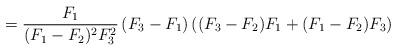
LaTeX: \begin{align*}=\frac{F_{1}}{(F_{1}-F_{2})^{2}F_{3}^{2}}\left(F_{3}-F_{1}\right)\left((F_{3}-F_{2})F_{1}+(F_{1}-F_{2})F_{3}\right)\end{align*}